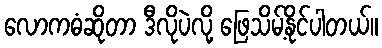
လောကဓံဆိုတာ ဒီလိုပဲလို့ ဖြေသိမ့်နိုင်ပါတယ်။